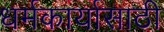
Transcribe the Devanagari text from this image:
धर्मकार्यासाठी